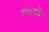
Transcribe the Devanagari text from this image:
गिरगॉव